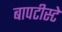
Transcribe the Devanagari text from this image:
बापटीस्टे